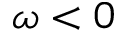
\omega < 0